Annual report on the Civil Veterinary Department, Burma (including the Insein Veterinary School) - 1932-1941
Year: 1932
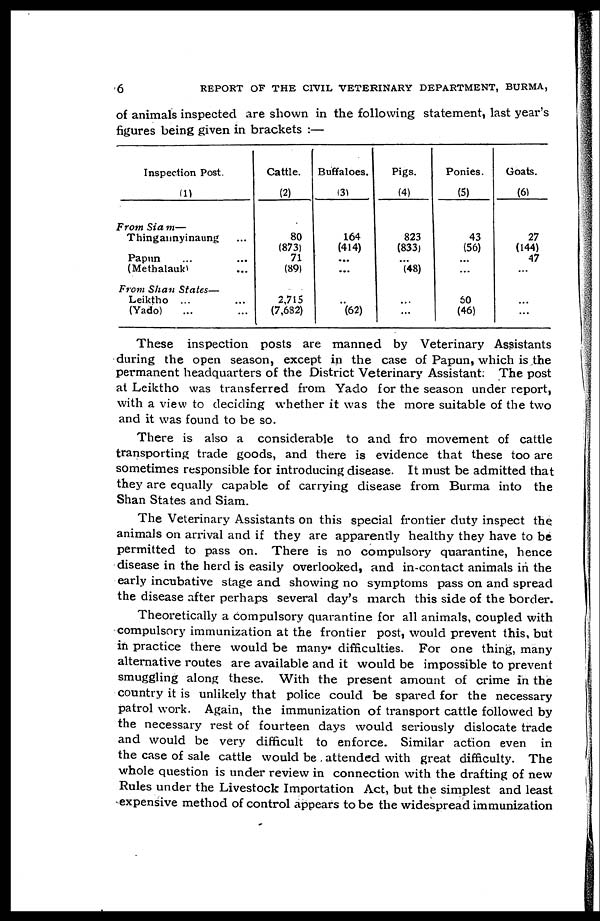
6
REPORT OF THE CIVIL VETERINARY DEPARTMENT, BURMA,
of animals inspected are shown in the following statement, last year's
figures being given in brackets :—
Inspection Post.
(1)
From Sia m—
Thingannyinaung ...
Papun ... ...
(Methalauk) ...
From Shan States—
Leiktho ... ...
(Yado) ... ...
Cattle.
(2)
80
(873)
71
(89)
2,715
(7,682)
Buffaloes.
(3)
164
(414)
...
...
..
(62)
Pigs.
(4)
823
(833)
...
(48)
...
...
Ponies.
(5)
43
(56)
...
...
60
(46)
Goats.
(6)
27
(144)
47
...
...
...
These inspection posts are manned by Veterinary Assistants
during the open season, except in the case of Papun, which is the
permanent headquarters of the District Veterinary Assistant. The post
at Leiktho was transferred from Yado for the season under report,
with a view to deciding whether it was the more suitable of the two
and it was found to be so.
There is also a considerable to and fro movement of cattle
transporting trade goods, and there is evidence that these too are
sometimes responsible for introducing disease. It must be admitted that
they are equally capable of carrying disease from Burma into the
Shan States and Siam.
The Veterinary Assistants on this special frontier duty inspect the
animals on arrival and if they are apparently healthy they have to be
permitted to pass on. There is no compulsory quarantine, hence
disease in the herd is easily overlooked, and in-contact animals in the
early incubative stage and showing no symptoms pass on and spread
the disease after perhaps several day's march this side of the border.
Theoretically a compulsory quarantine for all animals, coupled with
compulsory immunization at the frontier post, would prevent this, but
in practice there would be many difficulties. For one thing, many
alternative routes are available and it would be impossible to prevent
smuggling along these. With the present amount of crime in the
country it is unlikely that police could be spared for the necessary
patrol work. Again, the immunization of transport cattle followed by
the necessary rest of fourteen days would seriously dislocate trade
and would be very difficult to enforce. Similar action even in
the case of sale cattle would be attended with great difficulty. The
whole question is under review in connection with the drafting of new
Rules under the Livestock Importation Act, but the simplest and least
expensive method of control appears to be the widespread immunization